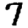
Digit: 7